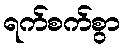
ရက်စက်စွာ